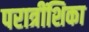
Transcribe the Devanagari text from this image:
परात्रींशिका